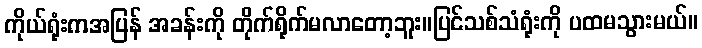
ကိုယ်ရုံးကအပြန် အခန်းကို တိုက်ရိုက်မလာတော့ဘူး။ပြင်သစ်သံရုံးကို ပထမသွားမယ်။